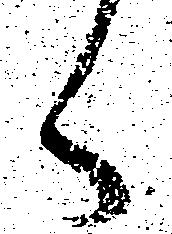
々